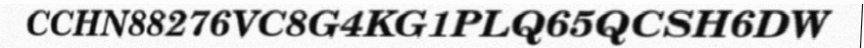
CCHN88276VC8G4KG1PLQ65QCSH6DW